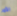
الأمر